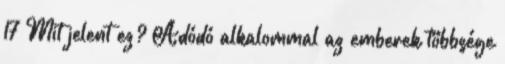
17 Mit jelent ez? Adódó alkalommal az emberek többsége